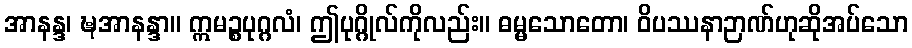
အာနန္ဒ၊ ဍ္ဎအာနန္ဒာ။ ဣမဉ္စပုဂ္ဂလံ၊ ဤပုဂ္ဂိုလ်ကိုလည်း။ ဓမ္မသောတော၊ ဝိပဿနာဉာဏ်ဟုဆိုအပ်သော